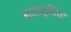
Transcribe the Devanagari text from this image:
नमभूमियों